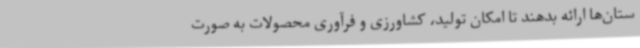
ستان‌ها ارائه بدهند تا امکان تولید، کشاورزی و فرآوری محصولات به صورت